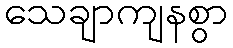
သေချာကျနစွာ